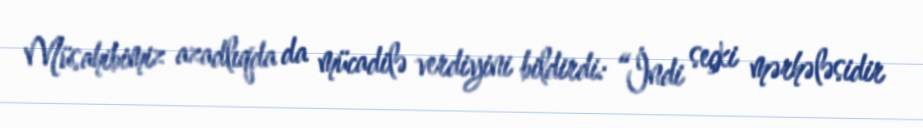
Müsahibimiz azadlıqda da mücadilə verdiyini bildirdi: “İndi seçki mərhələsidir